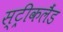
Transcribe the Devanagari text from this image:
स्ट्रीकलैंड